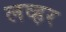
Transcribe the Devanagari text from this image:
लव्हर